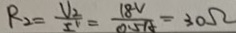
R _ { 2 } = \frac { V _ { 2 } } { I ^ { v } } = \frac { 1 8 V } { 0 . 5 A } = 3 0 \Omega